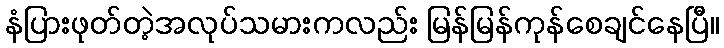
နံပြားဖုတ်တဲ့အလုပ်သမားကလည်း မြန်မြန်ကုန်စေချင်နေပြီ။